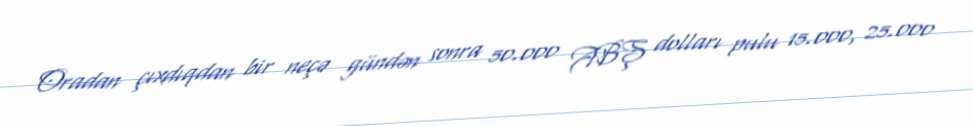
Oradan çıxdıqdan bir neçə gündən sonra 50.000 ABŞ dolları pulu 15.000, 25.000